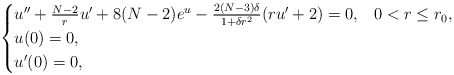
\begin{align*}\begin{cases}u''+\frac{N-2}{r}u'+8(N-2)e^u-\frac{2(N-3)\delta}{1+\delta r^2}(ru'+2)=0, & 0<r\le r_0,\\u(0)=0,\\u'(0)=0,\end{cases}\end{align*}